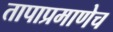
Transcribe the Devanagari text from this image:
तापाप्रमाणेच